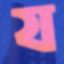
য